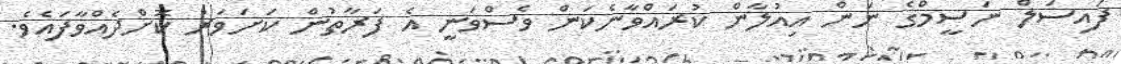
ފައިސަލް ނަސީމްގެ ނަން އިއުލާން ކުރައްވާނެކަން ވެސްވަނީ އެ ފަރާތުން ކަށަވަރު ކޮށްދެއްވާފައެވެ.